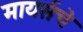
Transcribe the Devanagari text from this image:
मायर्सचे